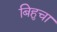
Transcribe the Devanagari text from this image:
बिहुचा